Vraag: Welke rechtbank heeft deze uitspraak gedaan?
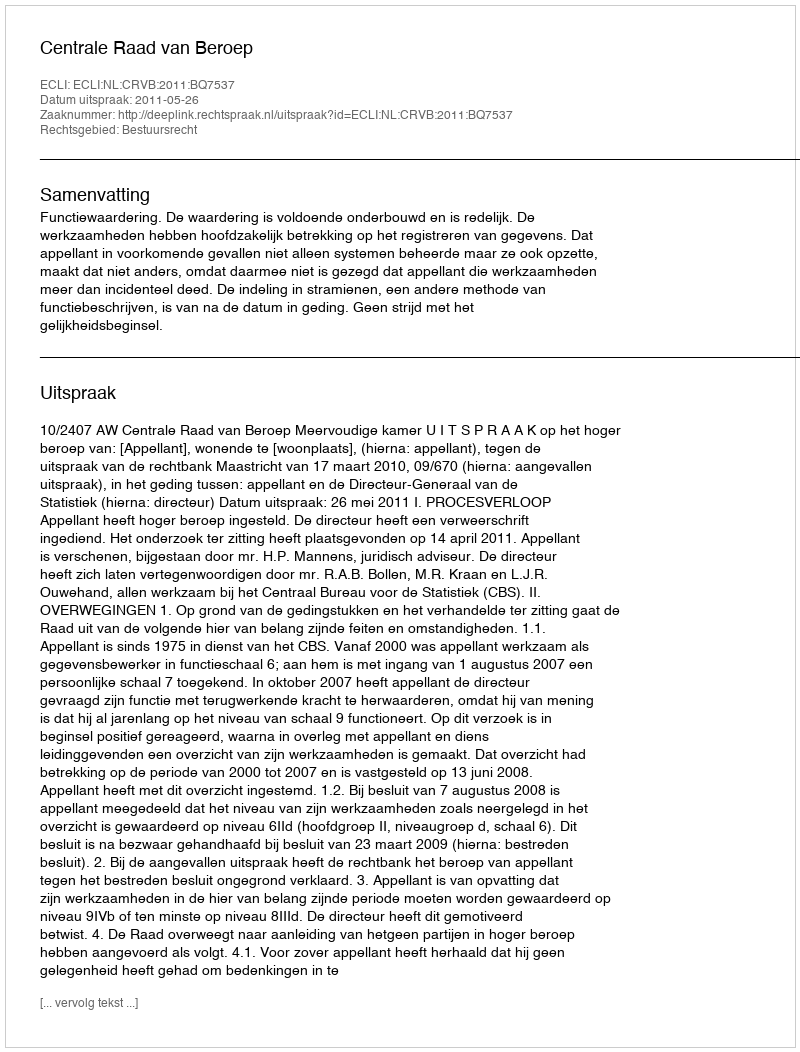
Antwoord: Centrale Raad van Beroep